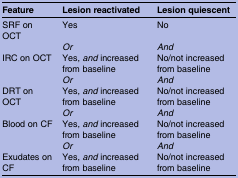
<table><thead><tr><td><b>Feature</b></td><td><b>Lesion reactivated</b></td><td><b>Lesion quiescent</b></td></tr></thead><tbody><tr><td>SRF on OCT</td><td>Yes</td><td>No</td></tr><tr><td></td><td><i>Or</i></td><td><i>And</i></td></tr><tr><td>IRC on OCT</td><td>Yes, <i>and</i> increased from baseline</td><td>No/not increased from baseline</td></tr><tr><td></td><td><i>Or</i></td><td><i>And</i></td></tr><tr><td>DRT on OCT</td><td>Yes, <i>and</i> increased from baseline</td><td>No/not increased from baseline</td></tr><tr><td></td><td><i>Or</i></td><td><i>And</i></td></tr><tr><td>Blood on CF</td><td>Yes, <i>and</i> increased from baseline</td><td>No/not increased from baseline</td></tr><tr><td></td><td><i>Or</i></td><td><i>And</i></td></tr><tr><td>Exudates on CF</td><td>Yes, <i>and</i> increased from baseline</td><td>No/not increased from baseline</td></tr></tbody></table>